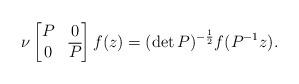
LaTeX: \begin{align*}\nu\begin{bmatrix} P & 0 \\ 0 & \overline{P}\end{bmatrix}f(z)=(\det P)^{-\frac{1}{2}}f(P^{-1}z).\end{align*}